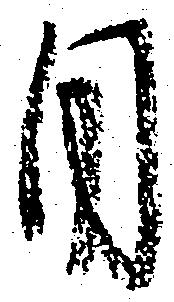
目